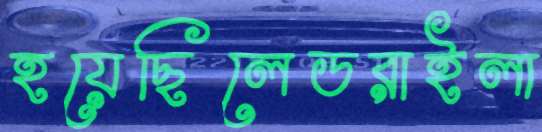
হয়েছিলেডরাইলা